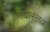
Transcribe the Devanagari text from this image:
त्यास्तव